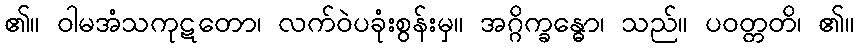
၏။ ဝါမအံသကုဋတော၊ လက်ဝဲပခုံးစွန်းမှ။ အဂ္ဂိက္ခန္ဓော၊ သည်။ ပဝတ္တတိ၊ ၏။